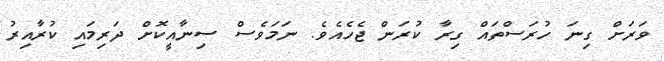
ވަރަށް ގިނަ ހުރަސްތައް ގިރާ ކުރަން ޖެހެއެވެ. ނަމަވެސް ސިނާއީކޮށް ދަރިމައި ކުރާއިރު